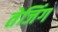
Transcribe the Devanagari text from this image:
तेजिंग